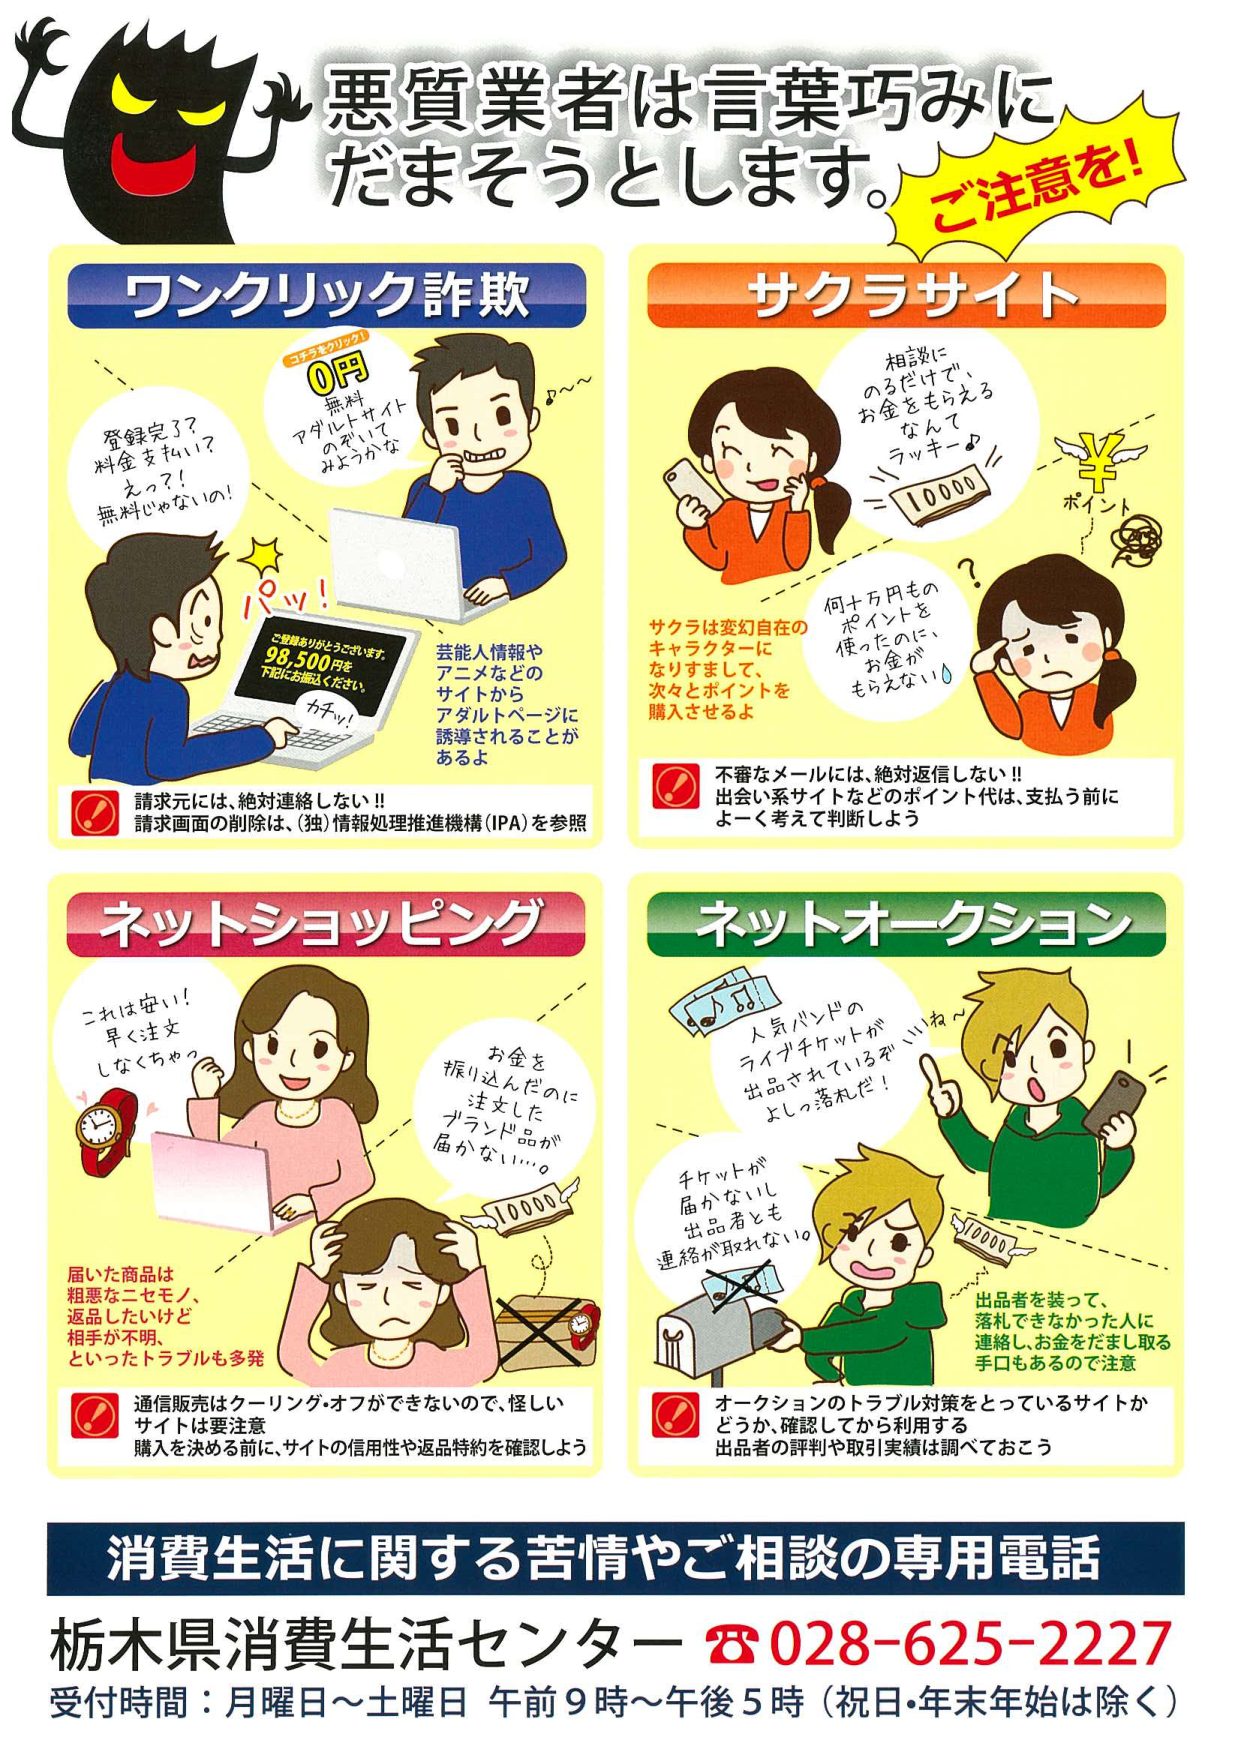
悪質業者は言葉巧みに
だまそうとします。ご注意を！

ワンクリック詐欺
コチラをクリック！
0円
無料
アダルトサイト
のぞいて
みようかな
♪～～
登録完了？
料金支払い？
えっ？！
無料じゃないの！
パッ！
ご登録ありがとうございます。
98,500円を
下記にお振込ください。
カチッ！
芸能人情報や
アニメなどの
サイトから
アダルトページに
誘導されることが
あるよ
請求元には、絶対連絡しない！！
請求画面の削除は、(独)情報処理推進機構（IPA）を参照

サクラサイト
相談に
のるだけで、
お金もらえる
なんて
ラッキー♪
10000
¥
ポイント
サクラは変幻自在の
キャラクターに
なりすまして、
次々とポイントを
購入させるよ
何十万円もの
ポイントを
使ったのに、
お金が
もらえない
不審なメールには、絶対返信しない！！
出会い系サイトなどのポイント代は、支払う前に
よく考えて判断しよう

ネットショッピング
これは安い！
早く注文
しなくちゃ～
お金を
振り込んだのに
注文した
ブランド品が
届かない…。
10000
届いた商品は
粗悪なニセモノ、
返品したいけど
相手が不明、
といったトラブルも多発
通信販売はケーリング・オフができないので、怪しい
サイトは要注意
購入を決める前に、サイトの信用性や返品特約を確認しよう

ネットオークション
人気バンドの
ライブチケットが
出品されているぞ～いね～
よっしゃ落札だ！
チケットが
届かないし
出品者とも
連絡が取れない
10000
出品者を装って、
落札できなかった人に
連絡し、お金をだまし取る
手口もあるので注意
オークションのトラブル対策をとっているサイトか
どうか、確認してから利用する
出品者の評判や取引実績は調べておこう

消費生活に関する苦情やご相談の専用電話
栃木県消費生活センター ☎ 028-625-2227
受付時間：月曜日～土曜日 午前9時～午後5時（祝日・年末年始は除く）